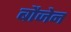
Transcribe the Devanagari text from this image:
बौजेन